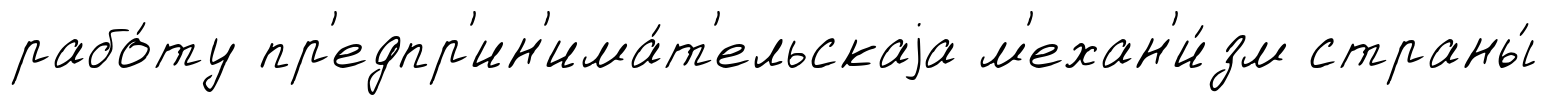
рабо́ту пр'едпр'ин'има́т'ельскаjа м'ехан'и́зм страны́